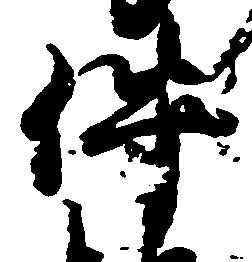
件